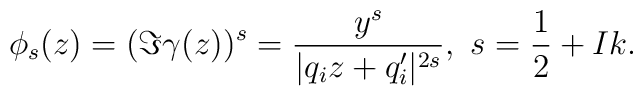
\phi_s(z)=(\Im\gamma(z))^s=\frac{y^s}{|q_iz+q_i'|^{2s}},~s=\frac{1}{2}+I k.